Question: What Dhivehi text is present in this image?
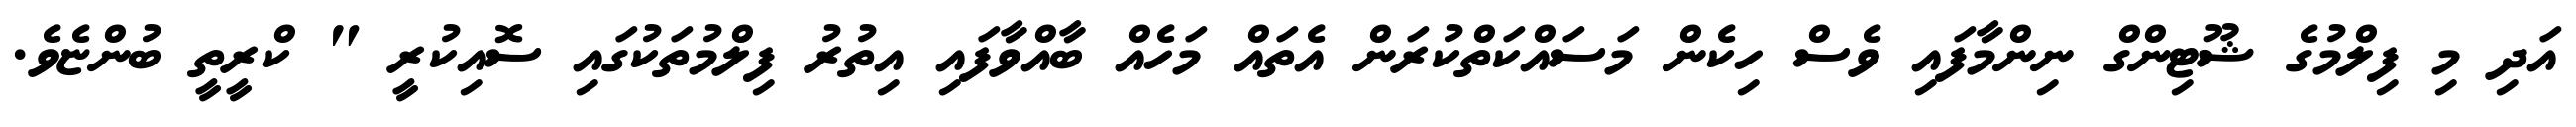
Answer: އަދި މި ފިލްމުގެ ޝޫޓިންގް ނިންމާފައި ވެސް ހިކެން މަސައްކަތްކުރަން އެތައް މަހެއް ބާއްވާފައި އިތުރު ފިލްމުތަކުގައި ސޮއިކުރީ " ކްރީތީ ބުންޏެވެ.